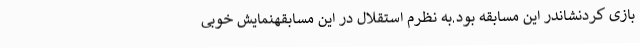
بازی کردنشاندر این مسابقه بود.به نظرم استقلال در این مسابقهنمایش خوبی